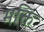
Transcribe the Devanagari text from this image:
मक्ति